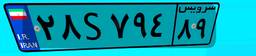
۲۸S۷۹۴۸۹